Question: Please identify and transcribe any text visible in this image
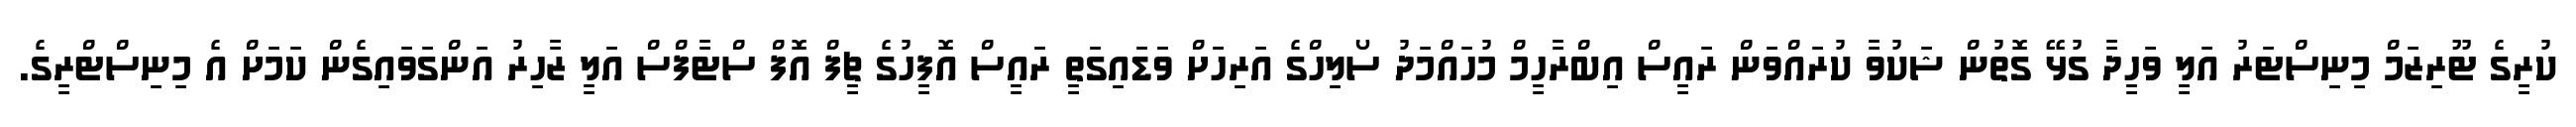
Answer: ކުރީގެ ޓޫރިޒަމް މިނިސްޓަރު އަލީ ވަހީދާ ގުޅޭ ގޮތުން ޝަކުވާ ކުރައްވަން ރައީސް އިބްރާހީމް މުހައްމަދު ސޯލިހްގެ އަރިހަށް ވަޑައިގަތީ ރައީސް އޮފީހުގެ ޗީފް އޮފް ސްޓާފްސް އަލީ ޒާހިރު އަންގަވައިގެން ކަމަށް އެ މިނިސްޓްރީގެ.